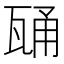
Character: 𭺢